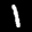
Label: 1